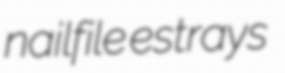
nailfile estrays